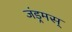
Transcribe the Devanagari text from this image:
जंड्रमस्